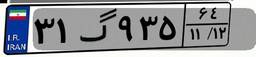
۲۴گ۳۴۶۹۱